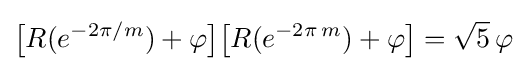
{\bigl [}R(e^{-2\pi /m})+\varphi {\bigr ]}{\bigl [}R(e^{-2\pi \,m})+\varphi {\bigr ]}={\sqrt {5}}\,\varphi